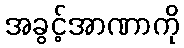
အခွင့်အာဏာကို